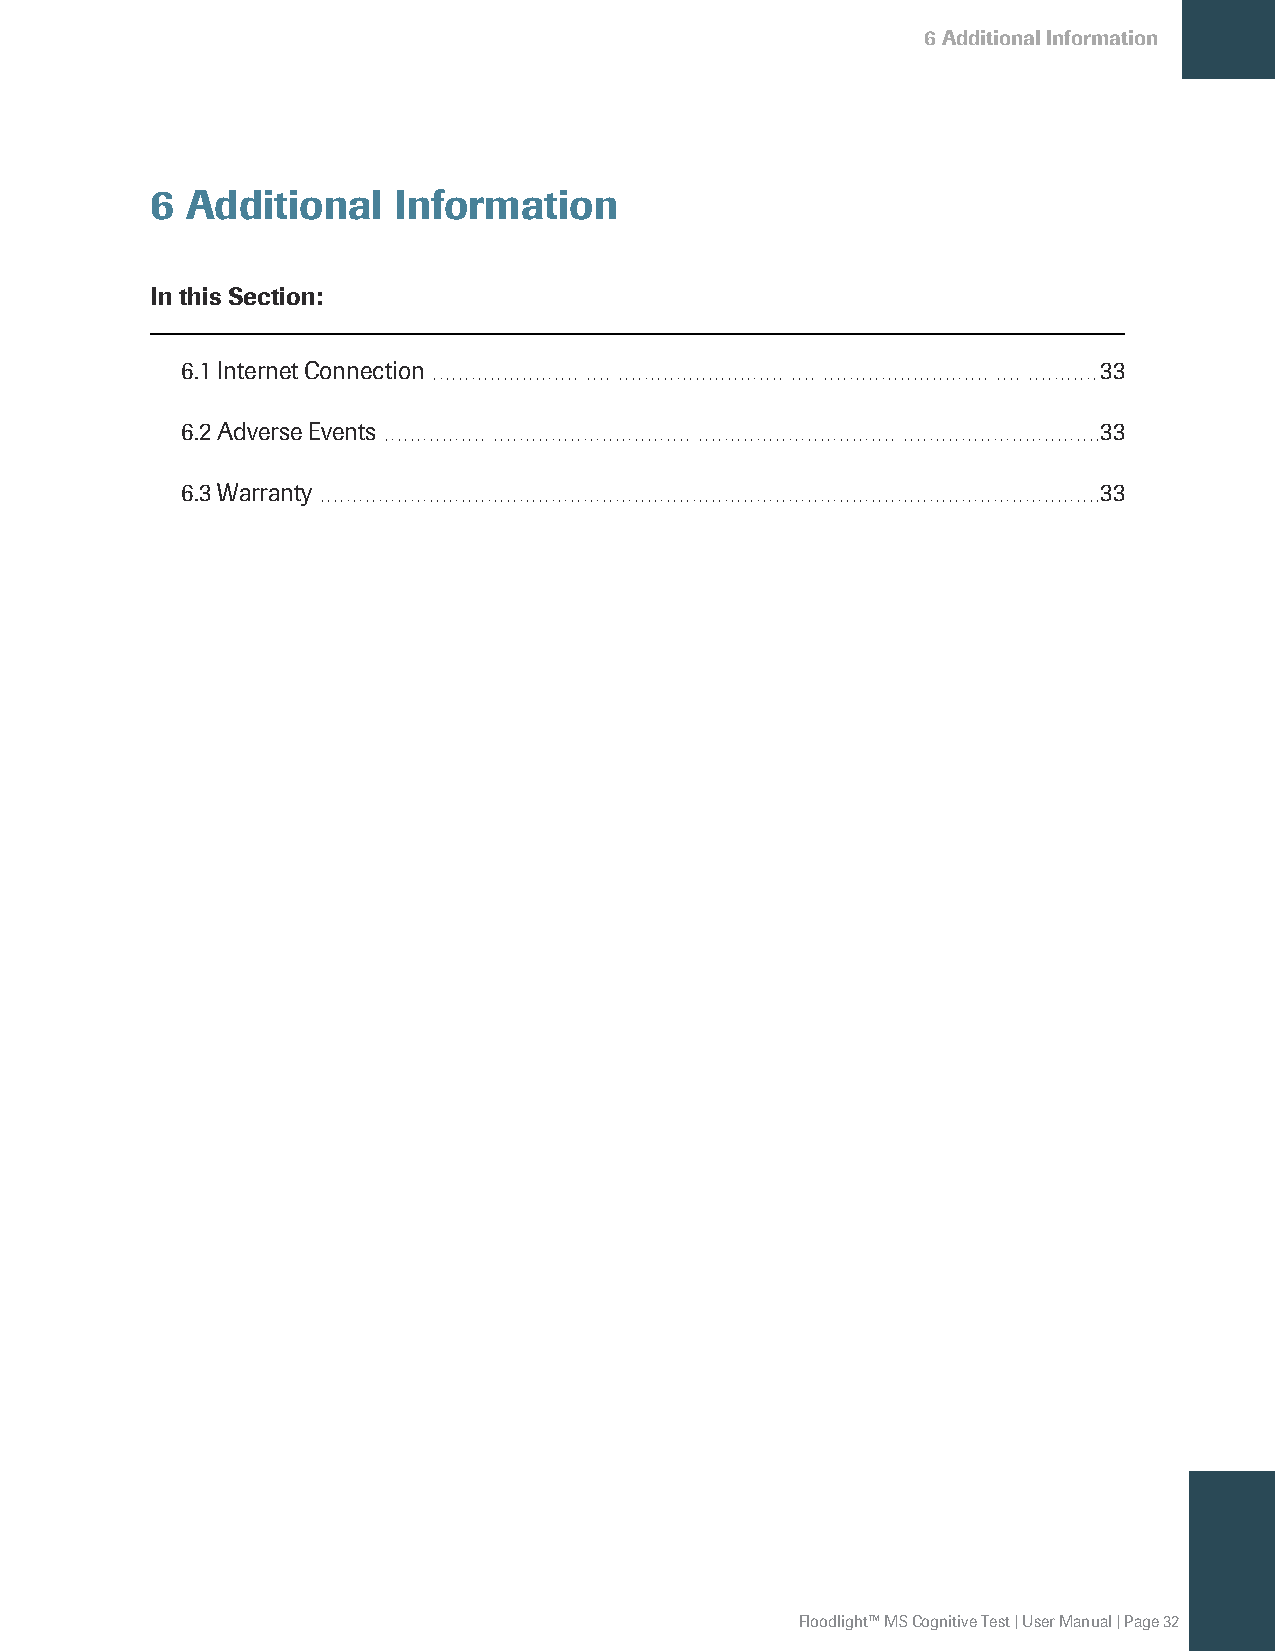
6AdditionalInformation
 6 Additional    Information
 In this Section:
 6.1InternetConnection                                        33
 6.2AdverseEvents                                             33
 6.3Warranty                                                  33
 Floodlight™MSCognitiveTest|UserManual|Page32